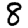
Digit: 8